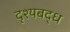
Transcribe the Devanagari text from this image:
दृश्यबद्ध